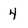
Character: 4